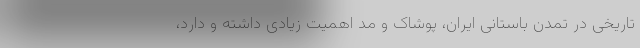
تاریخی در تمدن باستانی ایران، پوشاک و مد اهمیت زیادی داشته و دارد،